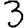
Digit: 3